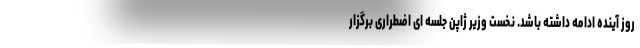
روز آینده ادامه داشته باشد. نخست وزیر ژاپن جلسه ای اضطراری برگزار